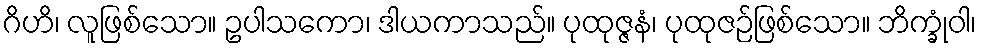
ဂိဟိ၊ လူဖြစ်သော။ ဥပါသကော၊ ဒါယကာသည်။ ပုထုဇ္ဇနံ၊ ပုထုဇဉ်ဖြစ်သော။ ဘိက္ခုံဝါ၊